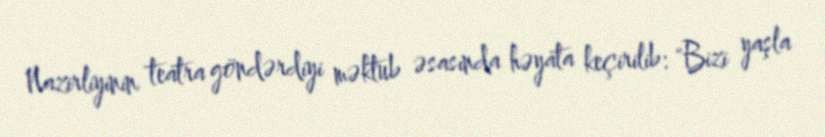
Nazirliyinin teatra göndərdiyi məktub əsasında həyata keçirilib: "Bizi yaşla